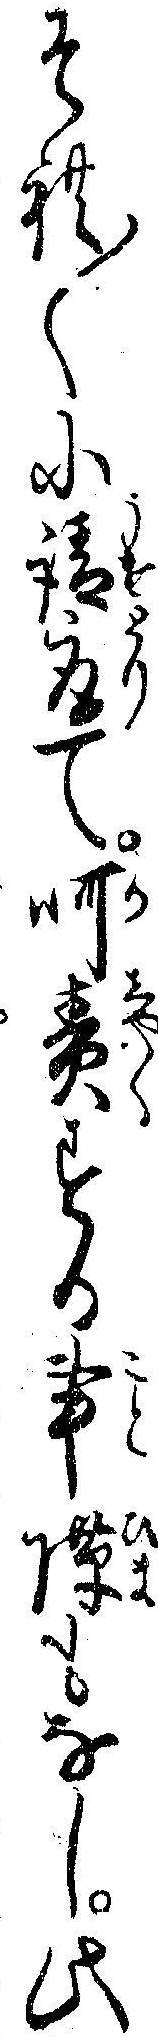
それ〱に請取て呵責する事隙もなし此